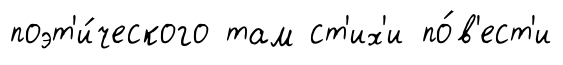
поэт'и́ческого там ст'их'и по́в'ест'и